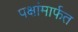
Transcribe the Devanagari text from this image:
पक्षांमार्फत